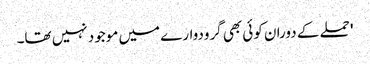
' حملے کے دوران کوئی بھی گرودوارے میں موجود نہیں تھا۔